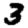
Digit: 3